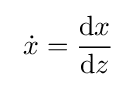
~{\dot {x}}={\frac {{\rm {d}}x}{{\rm {d}}z}}